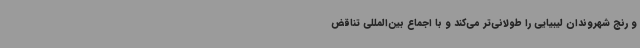
و رنج شهروندان لیبیایی را طولانی‌تر می‌کند و با اجماع بین‌المللی تناقض